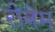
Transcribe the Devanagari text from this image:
रीनेम